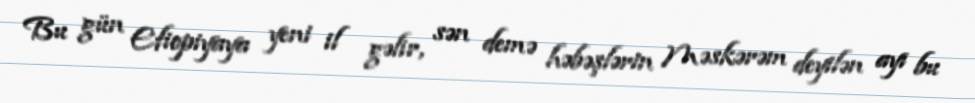
Bu gün Efiopiyaya yeni il gəlir, sən demə həbəşlərin Məskərəm deyilən ayı bu